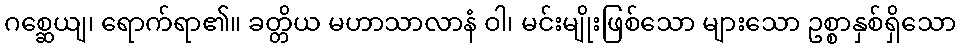
ဂစ္ဆေယျ၊ ရောက်ရာ၏။ ခတ္တိယ မဟာသာလာနံ ဝါ၊ မင်းမျိုးဖြစ်သော များသော ဥစ္စာနှစ်ရှိသော